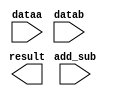
// megafunction wizard: %LPM_ADD_SUB%VBB%
// GENERATION: STANDARD
// VERSION: WM1.0
// MODULE: LPM_ADD_SUB 

// ============================================================
// Megafunction Name(s):
// 			LPM_ADD_SUB
//
// Simulation Library Files(s):
// 			lpm
// ============================================================
// ************************************************************
// THIS IS A WIZARD-GENERATED FILE. DO NOT EDIT THIS FILE!
//
// 13.1.0 Build 162 10/23/2013 SJ Web Edition
// ************************************************************

//Copyright (C) 1991-2013 Altera Corporation
//Your use of Altera Corporation's design tools, logic functions 
//and other software and tools, and its AMPP partner logic 
//functions, and any output files from any of the foregoing 
//(including device programming or simulation files), and any 
//associated documentation or information are expressly subject 
//to the terms and conditions of the Altera Program License 
//Subscription Agreement, Altera MegaCore Function License 
//Agreement, or other applicable license agreement, including, 
//without limitation, that your use is for the sole purpose of 
//programming logic devices manufactured by Altera and sold by 
//Altera or its authorized distributors.  Please refer to the 
//applicable agreement for further details.

module ADD (
	add_sub,
	dataa,
	datab,
	result);

	input	  add_sub;
	input	[7:0]  dataa;
	input	[7:0]  datab;
	output	[7:0]  result;

endmodule

// ============================================================
// CNX file retrieval info
// ============================================================
// Retrieval info: PRIVATE: CarryIn NUMERIC "0"
// Retrieval info: PRIVATE: CarryOut NUMERIC "0"
// Retrieval info: PRIVATE: ConstantA NUMERIC "0"
// Retrieval info: PRIVATE: ConstantB NUMERIC "0"
// Retrieval info: PRIVATE: Function NUMERIC "2"
// Retrieval info: PRIVATE: INTENDED_DEVICE_FAMILY STRING "Cyclone V"
// Retrieval info: PRIVATE: LPM_PIPELINE NUMERIC "0"
// Retrieval info: PRIVATE: Latency NUMERIC "0"
// Retrieval info: PRIVATE: Overflow NUMERIC "0"
// Retrieval info: PRIVATE: RadixA NUMERIC "10"
// Retrieval info: PRIVATE: RadixB NUMERIC "10"
// Retrieval info: PRIVATE: Representation NUMERIC "1"
// Retrieval info: PRIVATE: SYNTH_WRAPPER_GEN_POSTFIX STRING "0"
// Retrieval info: PRIVATE: ValidCtA NUMERIC "0"
// Retrieval info: PRIVATE: ValidCtB NUMERIC "0"
// Retrieval info: PRIVATE: WhichConstant NUMERIC "0"
// Retrieval info: PRIVATE: aclr NUMERIC "0"
// Retrieval info: PRIVATE: clken NUMERIC "0"
// Retrieval info: PRIVATE: nBit NUMERIC "8"
// Retrieval info: PRIVATE: new_diagram STRING "1"
// Retrieval info: LIBRARY: lpm lpm.lpm_components.all
// Retrieval info: CONSTANT: LPM_DIRECTION STRING "UNUSED"
// Retrieval info: CONSTANT: LPM_HINT STRING "ONE_INPUT_IS_CONSTANT=NO,CIN_USED=NO"
// Retrieval info: CONSTANT: LPM_REPRESENTATION STRING "UNSIGNED"
// Retrieval info: CONSTANT: LPM_TYPE STRING "LPM_ADD_SUB"
// Retrieval info: CONSTANT: LPM_WIDTH NUMERIC "8"
// Retrieval info: USED_PORT: add_sub 0 0 0 0 INPUT NODEFVAL "add_sub"
// Retrieval info: USED_PORT: dataa 0 0 8 0 INPUT NODEFVAL "dataa[7..0]"
// Retrieval info: USED_PORT: datab 0 0 8 0 INPUT NODEFVAL "datab[7..0]"
// Retrieval info: USED_PORT: result 0 0 8 0 OUTPUT NODEFVAL "result[7..0]"
// Retrieval info: CONNECT: @add_sub 0 0 0 0 add_sub 0 0 0 0
// Retrieval info: CONNECT: @dataa 0 0 8 0 dataa 0 0 8 0
// Retrieval info: CONNECT: @datab 0 0 8 0 datab 0 0 8 0
// Retrieval info: CONNECT: result 0 0 8 0 @result 0 0 8 0
// Retrieval info: GEN_FILE: TYPE_NORMAL ADD.v TRUE
// Retrieval info: GEN_FILE: TYPE_NORMAL ADD.inc TRUE
// Retrieval info: GEN_FILE: TYPE_NORMAL ADD.cmp TRUE
// Retrieval info: GEN_FILE: TYPE_NORMAL ADD.bsf TRUE FALSE
// Retrieval info: GEN_FILE: TYPE_NORMAL ADD_inst.v TRUE
// Retrieval info: GEN_FILE: TYPE_NORMAL ADD_bb.v TRUE
// Retrieval info: LIB_FILE: lpm